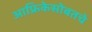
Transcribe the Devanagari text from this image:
आफ्रिकेसोबतचे